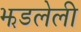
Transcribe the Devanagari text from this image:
झडलेली